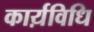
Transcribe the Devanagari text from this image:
कार्य़विधि